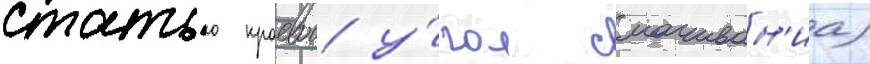
статью краевои у́гол смачиван'иа)